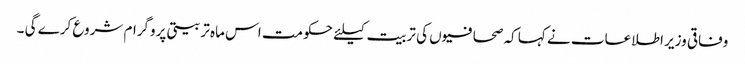
وفاقی وزیر اطلاعات نے کہا کہ صحافیوں کی تربیت کیلئے حکومت اس ماہ تربیتی پروگرام شروع کرے گی ۔